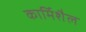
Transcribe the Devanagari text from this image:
कार्मिशैल